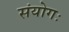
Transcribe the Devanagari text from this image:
संयोगः